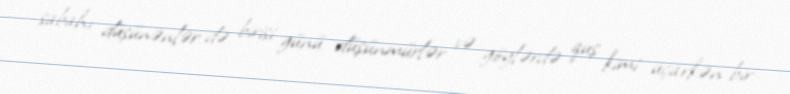
sabahı düşünənlər də birisi günü düşünmürlər və göylərdə quş kimi uçarkən bir